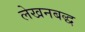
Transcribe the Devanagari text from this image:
लेखनबद्ध